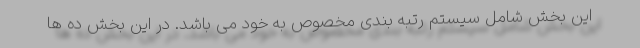
این بخش شامل سیستم رتبه بندی مخصوص به خود می باشد. در این بخش ده ها